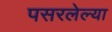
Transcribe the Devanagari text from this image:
पसरलेल्‍या